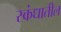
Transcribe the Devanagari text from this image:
स्कंधातील